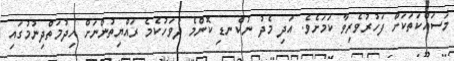
މަސައްކަތަކަށް ފަހުރުވެރިވާ ކަމަށެވެ. އަދި މެދު ނުކެނޑި ކޮންމެ ދުވަހުކެމެ ރައްޔިތުންނަށް ހިދުމަތްދިނުމުގައި